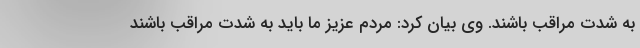
به شدت مراقب باشند. وی بیان کرد: مردم عزیز ما باید به شدت مراقب باشند